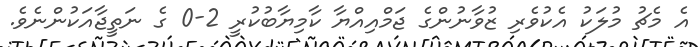
އެ މެޗު މުލަކު އެކުވެރި ޒުވާނުންގެ ޖަމްއިއްޔާ ކާމިޔާބުކުރީ 2-0 ގެ ނަތީޖާއަކުންނެވެ.